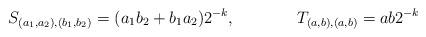
LaTeX: \begin{align*} S_{(a_1,a_2),(b_1,b_2)}=(a_1b_2+b_1a_2)2^{-k}, && T_{(a,b),(a,b)}=ab2^{-k}\end{align*}